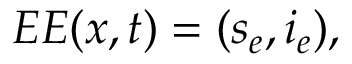
E E ( x , t ) = ( s _ { e } , i _ { e } ) ,